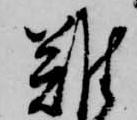
難